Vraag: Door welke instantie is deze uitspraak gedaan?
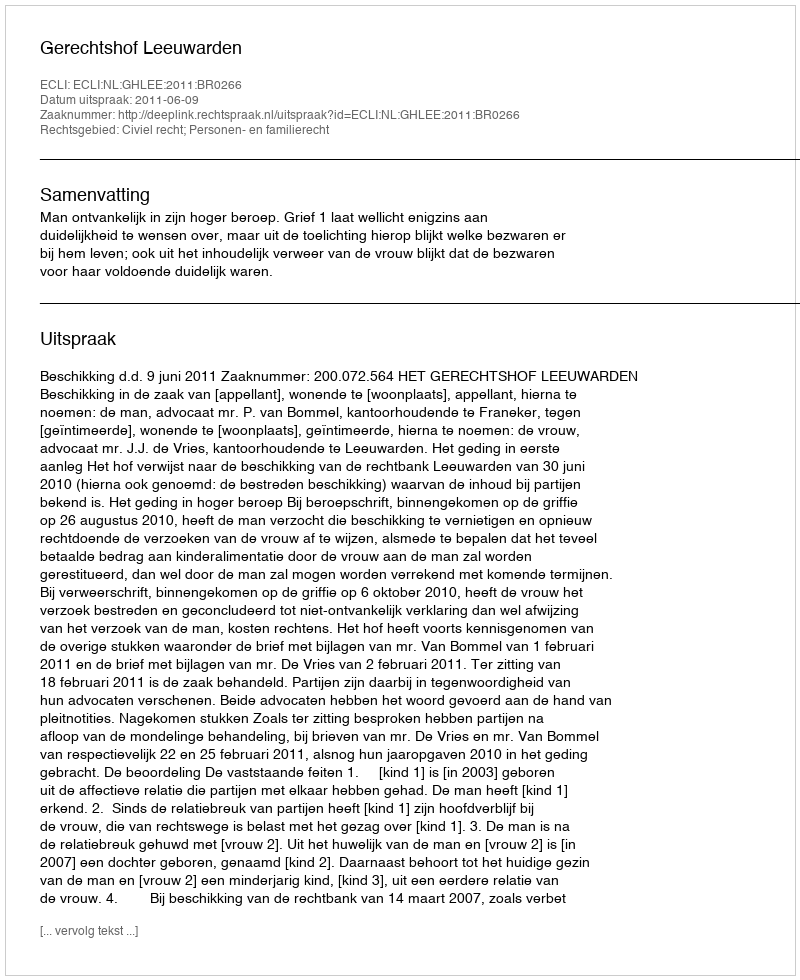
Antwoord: Gerechtshof Leeuwarden